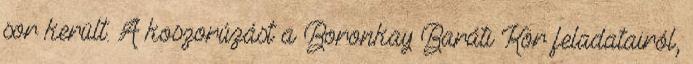
sor került. A koszorúzást a Boronkay Baráti Kör feladatairól,